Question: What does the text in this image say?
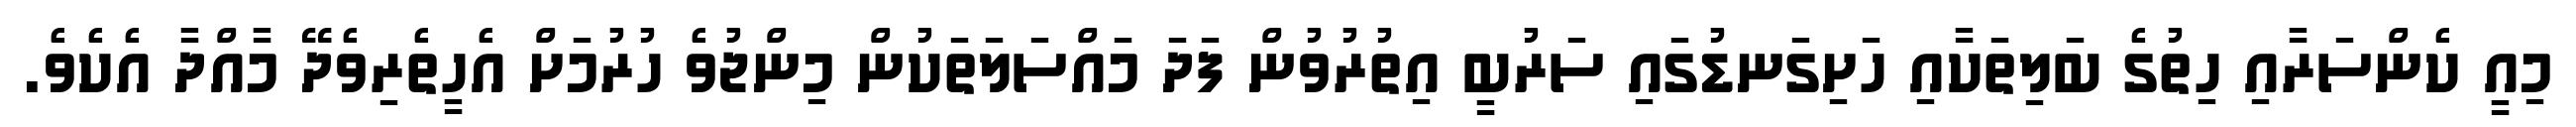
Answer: މިއީ ކެންސަރާއި ހިތުގެ ބަލިތަކާއި ހަށިގަނޑުގައި ސަރުބީ އިތުރުވުން ފަދަ މައްސަލަތަކުން މިންޖުވެ ހުރުމަށް އެހީތެރިވެދޭ މާއްދާ އެކެވެ.